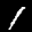
Label: 1